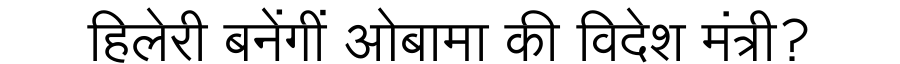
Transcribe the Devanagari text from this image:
हिलेरी बनेंगीं ओबामा की विदेश मंत्री?